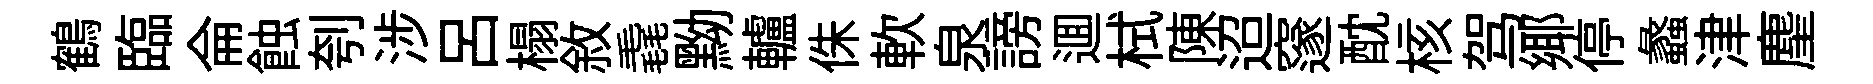
鶴臨侖蝕刳涉呂榻敘毳黝轤侏軟泉謗逥栻陳迢邃酖核驾鄊停蠡津麈